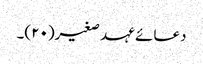
دعائے عہد صغیر(۲۰)۔